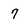
Character: 7